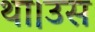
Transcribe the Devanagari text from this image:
था।उस